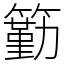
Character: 𥵚